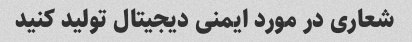
شعاری در مورد ایمنی دیجیتال تولید کنید